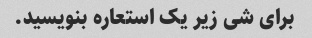
برای شی زیر یک استعاره بنویسید.